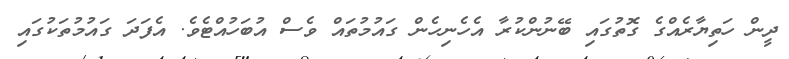
ދީން ހަތިޔާރެއްގެ ގޮތުގައި ބޭނުންކުރާ އެހެނިހެން ގައުމުތައް ވެސް އުބަހުއްޓެވެ. އެފަދަ ގައުމުތަކުގައި